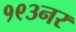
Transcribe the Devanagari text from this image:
१९३नर